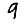
Digit: 9